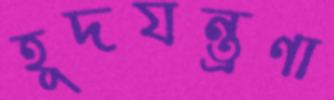
হূদযন্ত্রণা